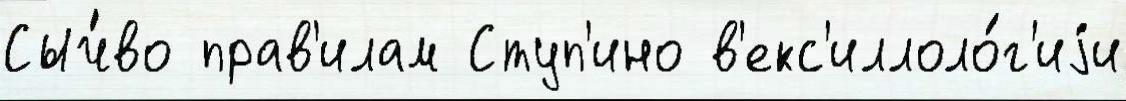
Сыч́во прав'илам Ступ'ино в'екс'иллоло́г'иjи